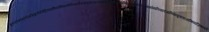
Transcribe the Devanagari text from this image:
बुरूंडीकोमोरोज़जिबूतीईरीट्रियाइथियोपियाकीनियामैडागास्करमलावीमारीशसमोजाम्बिकरवांडासेशल्ससोमालियातंजानियायुगांडाजाम्बियाज़िम्बाबवे